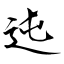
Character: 迍